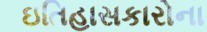
ઇતિહાસકારોના